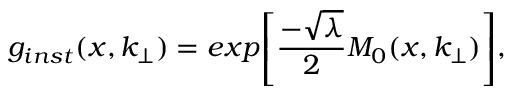
g _ { i n s t } ( x , k _ { \perp } ) = e x p { \left[ \frac { - \sqrt { \lambda } } { 2 } M _ { 0 } ( x , k _ { \perp } ) \right] } ,